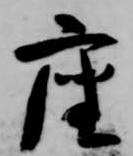
座